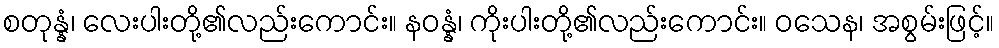
စတုန္နံ၊ လေးပါးတို့၏လည်းကောင်း။ နဝန္နံ၊ ကိုးပါးတို့၏လည်းကောင်း။ ဝသေန၊ အစွမ်းဖြင့်။